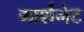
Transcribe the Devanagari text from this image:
मार्शनेट